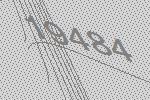
19484